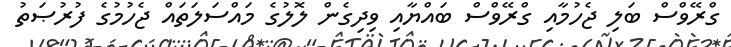
ގްރޭވްސް ބަލި ޖެހުމާއި ގްރޭވްސް ބައްޔާއި ވިދިގެން ލޮލުގެ މައްސަލަތައް ޖެހުމުގެ ފުރުޞަތު